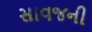
સાવજની